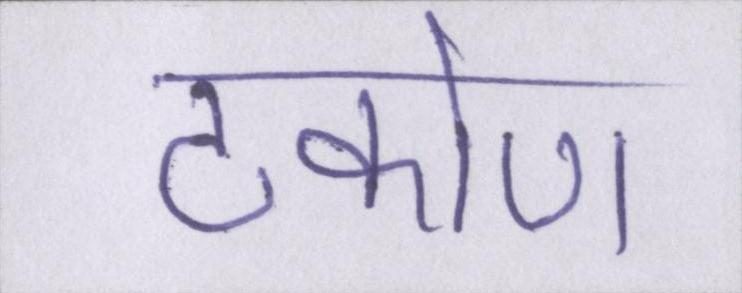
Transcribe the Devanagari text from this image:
टकोण